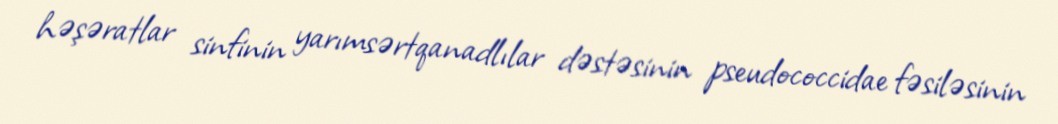
həşəratlar sinfinin yarımsərtqanadlılar dəstəsinin pseudococcidae fəsiləsinin